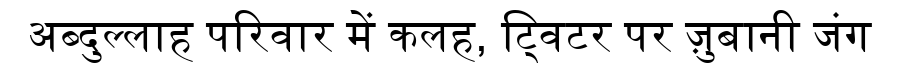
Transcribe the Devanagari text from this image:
अब्दुल्लाह परिवार में कलह, ट्विटर पर ज़ुबानी जंग